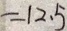
= 1 2 . 5